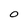
Character: 0